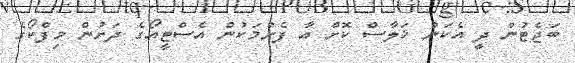
ބަޖެޓުން ދީ އެކަން ޚަލާސް ކޮށް އާ ފެށުމަކުން އެސްޓީއޯގެ ދަށުން މިފްކޯގެ